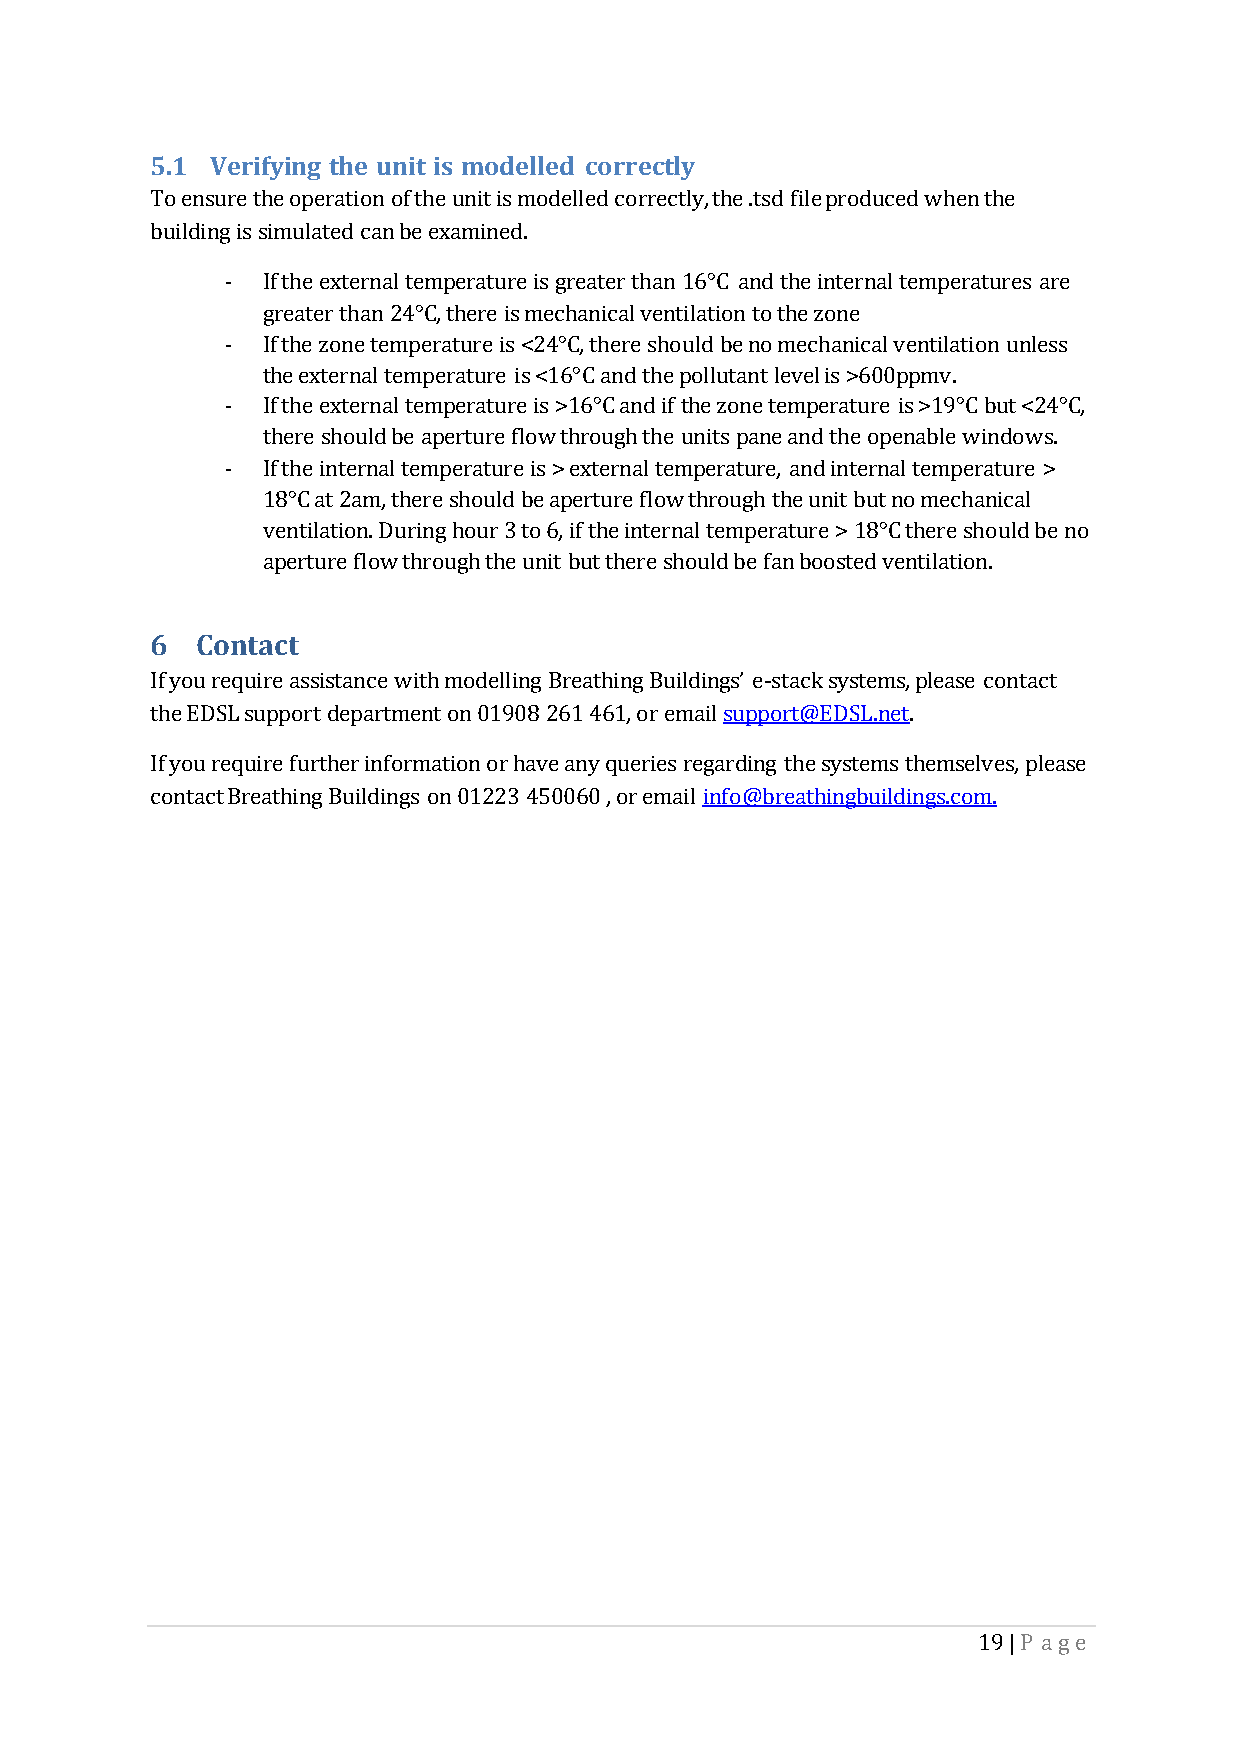
5.1 Verifying the unit is modelled correctly
 To ensure the operation of the unit is modelled correctly, the .tsd file produced when the
 building is simulated can be examined.
 - If the external temperature is greater than 16°C and the internal temperatures are
 greater than 24°C, there is mechanical ventilation to the zone
 - If the zone temperature is <24°C, there should be no mechanical ventilation unless
 the external temperature is <16°C and the pollutant level is >600ppmv.
 - If the external temperature is >16°C and if the zone temperature is >19°C but <24°C,
 there should be aperture flow through the units pane and the openable windows.
 - If the internal temperature is > external temperature, and internal temperature >
 18°C at 2am, there should be aperture flow through the unit but no mechanical
 ventilation. During hour 3 to 6, if the internal temperature > 18°C there should be no
 aperture flow through the unit but there should be fan boosted ventilation.
 6  Contact
 If you require assistance with modelling Breathing Buildings’ e-stack systems, please contact
 the EDSL support department on 01908 261 461, or email support@EDSL.net.
 If you require further information or have any queries regarding the systems themselves, please
 contact Breathing Buildings on 01223 450060 , or email info@breathingbuildings.com.
 19 | P age